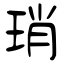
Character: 琑